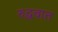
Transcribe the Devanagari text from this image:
रुद्धवात